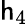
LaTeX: \mathsf{h}_{4}